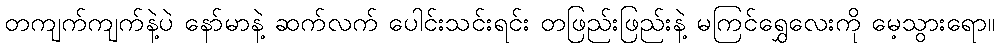
တကျက်ကျက်နဲ့ပဲ နော်မာနဲ့ ဆက်လက် ပေါင်းသင်းရင်း တဖြည်းဖြည်းနဲ့ မကြင်ရွှေလေးကို မေ့သွားရော။